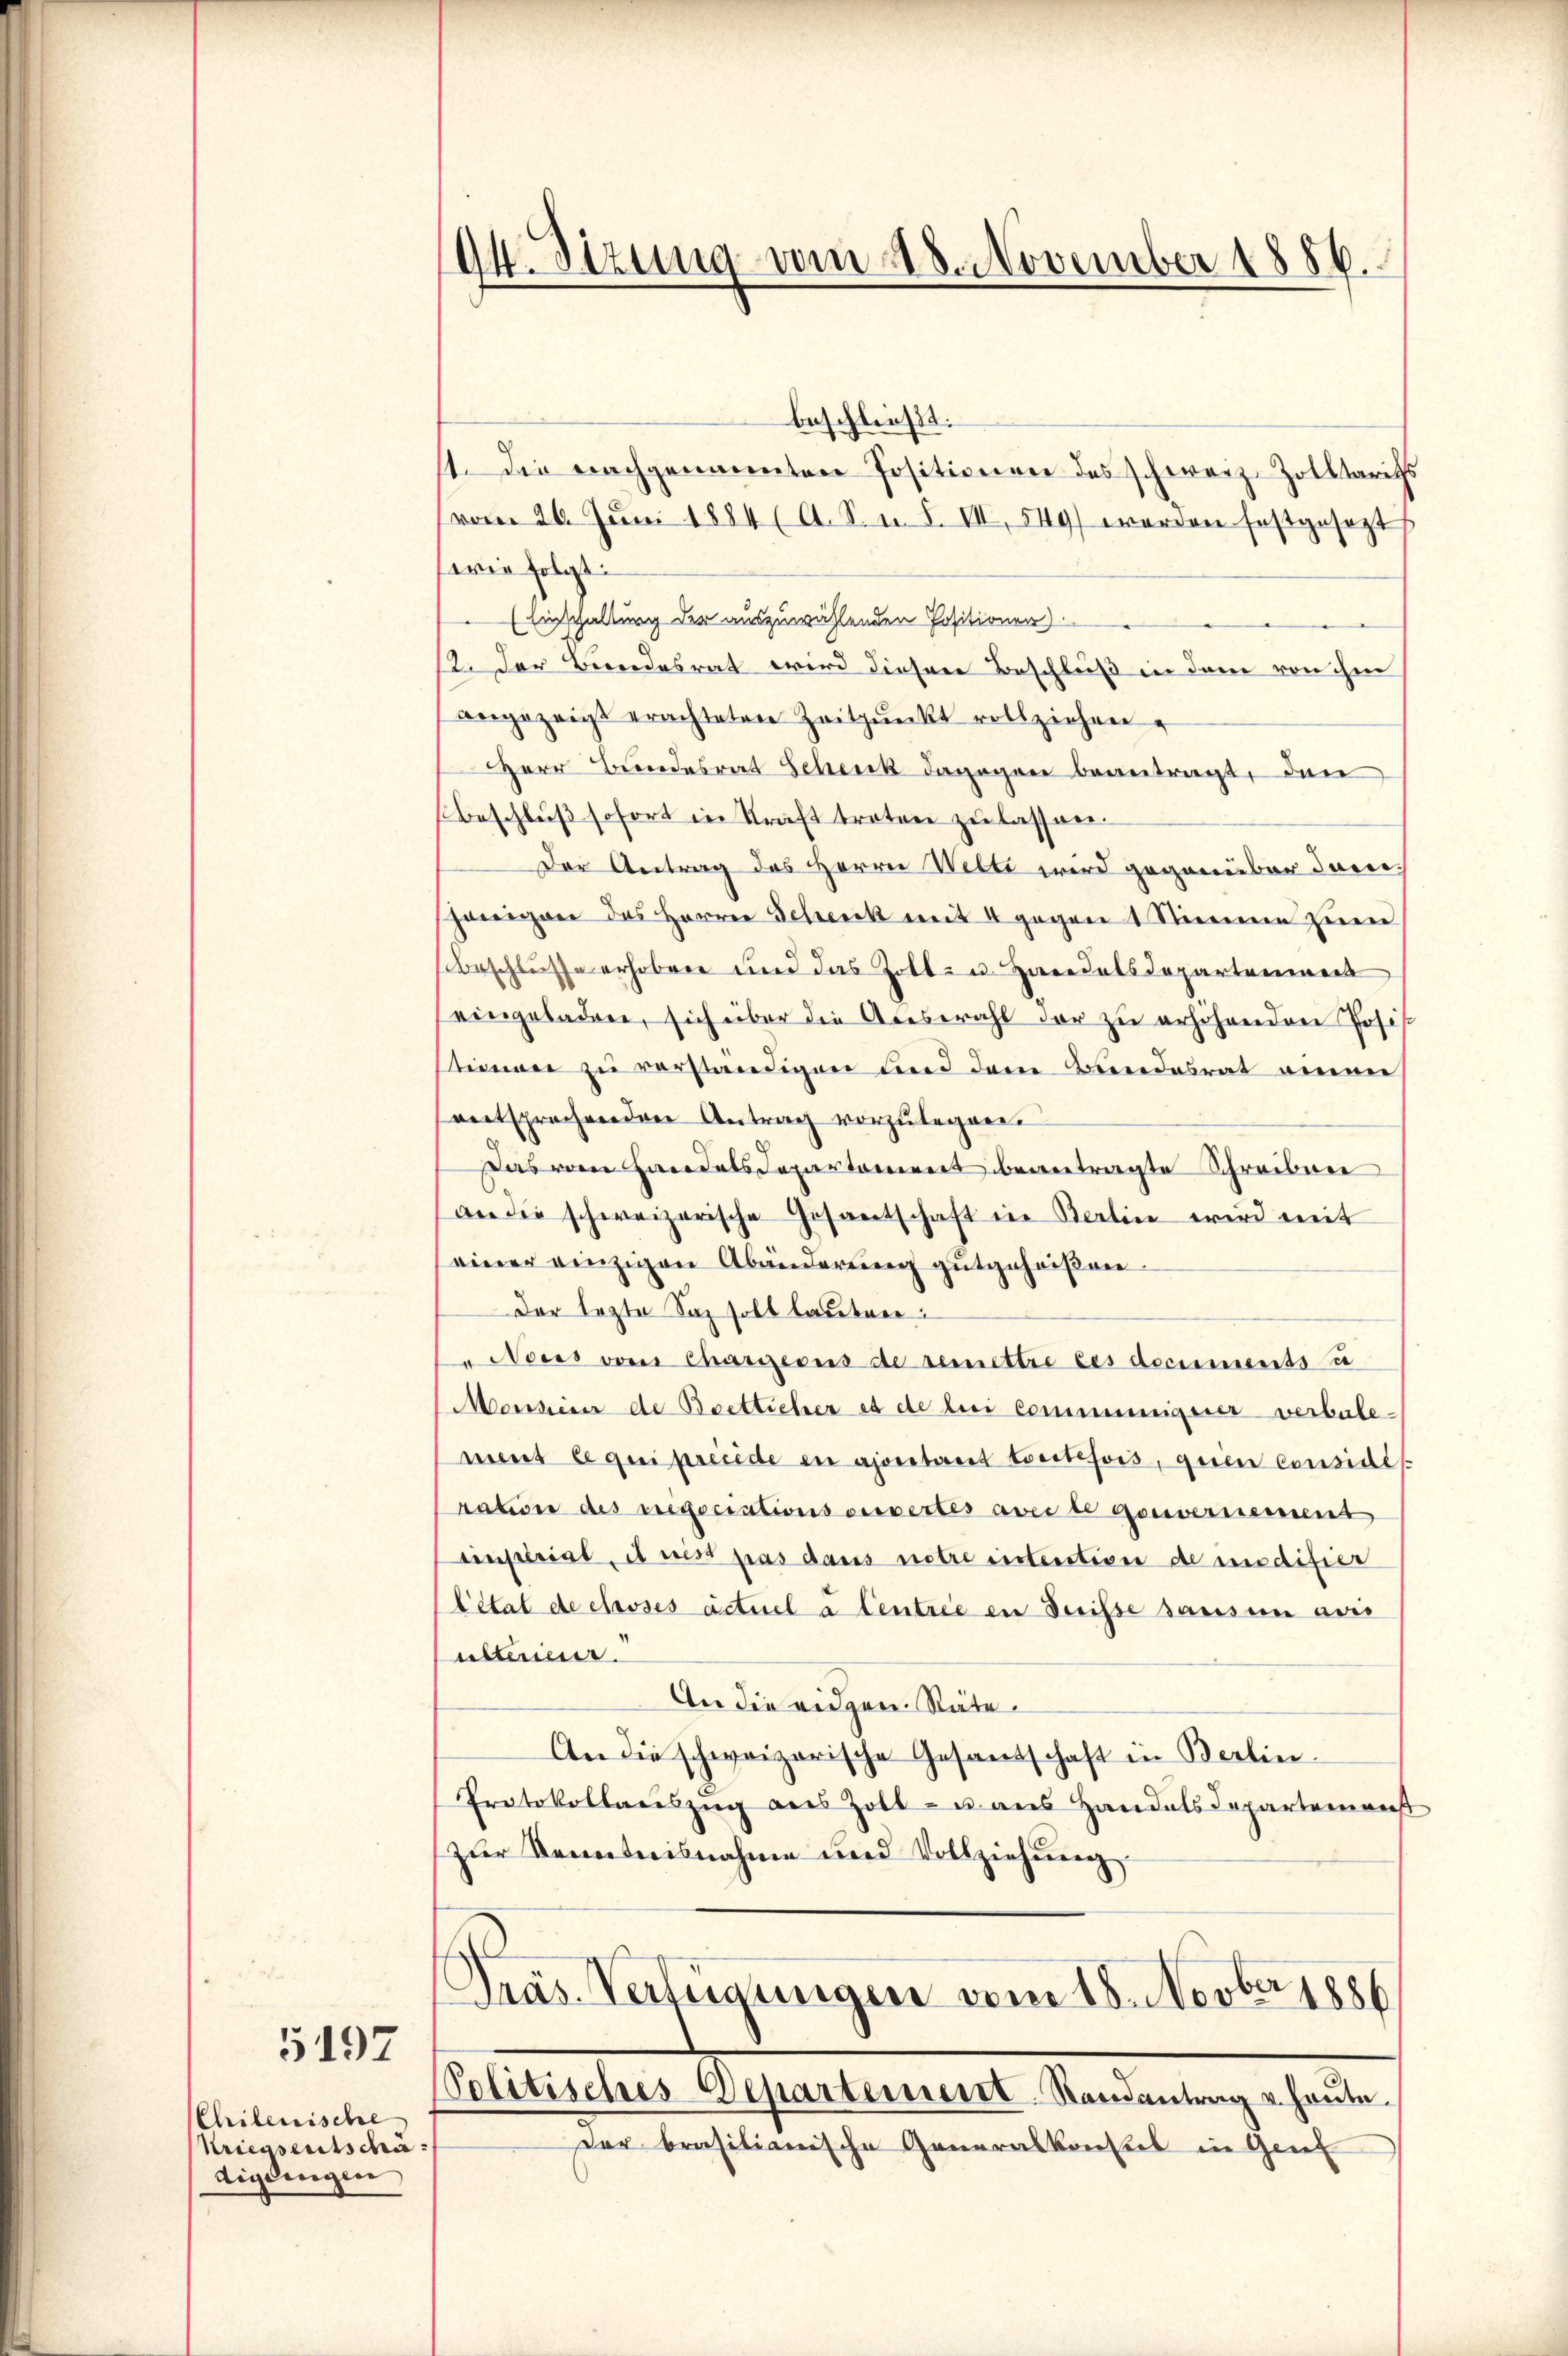
5197

Chiberische
Kriegsentscha
diglingen

dt. Sitzung vom 28. November 1886.

beschließt:
st. Die nachgenannten Positionen des schwarz-Zolltaris
vom 26. Jŭni 1884 (A. S. n. F. VII, 549) werden festgesezt
wie folgt:
(Einschaltung der auszuwählenden Positionen)
12. Der Bundesrat wird diesen Beschluß in dem von ihm
angezeigt erachteten Zeitpunkt vollziehen.
Herr Bundesrat Schenk dagegen beantragt, den
Beschluß sofort in Kraft troten zu lassen.
Der Antrag des Herrn Welti wird gegenüber Juni.
herigen das Herren Schenck mit 4 gegen 1 Stimme zum
Beschlusse erhobene und das Zoll- u. Haridatsdepartenmerk
eingeladen, sich über die Alestrahl der zŭ erhöhenden Josis
teinen zu verständigen und dem Bundesrat einen
entsprochenden Antrag vorzulegen.
Das vom Handels Departement beantragte Schreiben
an die schweizerische Gesantschaft in Berlin wird mit
einer einzigen Abänderung gutgeheißen¬
Der lezte Sag soll lauten:
Accis vom Chargens de remettre des documents u
Monserer de Beetticher es de bei Communigerer verbalement le qui précide en ajoritaet toutefois, gien considé
ration des regociationsverwertes avec te gouvernement
tinsterial, et ist pas dans notre intention de modifier
létat de choses actuel à Centrie in Duisse sansen avis
utterier.
An die eidgen. Räte
An die schweizerische Gesandschaft in Berlin.
Protokollauszug aus Zoll- u aus Handelsdepartemenst
zur Kenntnisnahme und Vollziehŭng

Präs. Verfügungen vom 18. Novber 1886
Politisches Departement. Randantrag u. heute.
Dor brasilianische Generalkonsul in Genf